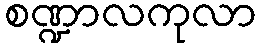
စဏ္ဍာလကုလာ